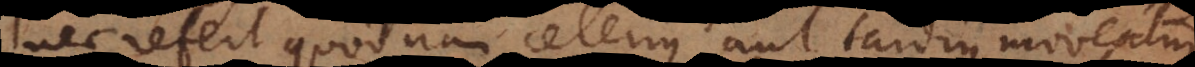
nec refert quod unum celerius aut tardius moveatur,